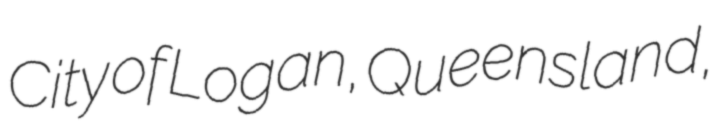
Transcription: City of Logan, Queensland,